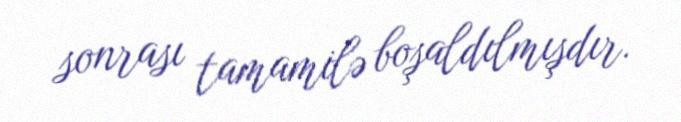
sonrası tamamilə boşaldılmışdır.